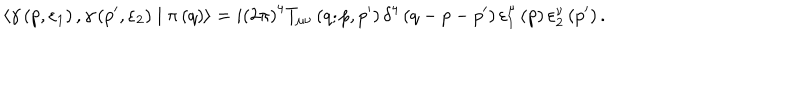
\left\langle \gamma \left( p , \varepsilon _ { 1 } \right) , \gamma \left( p ^ { \prime } , \varepsilon _ { 2 } \right) \mid \pi \left( q \right) \right\rangle = i \left( 2 \pi \right) ^ { 4 } T _ { \mu \nu } \left( q ; p , p ^ { \prime } \right) \delta ^ { 4 } \left( q - p - p ^ { \prime } \right) \varepsilon _ { 1 } ^ { \mu } \left( p \right) \varepsilon _ { 2 } ^ { \nu } \left( p ^ { \prime } \right) .